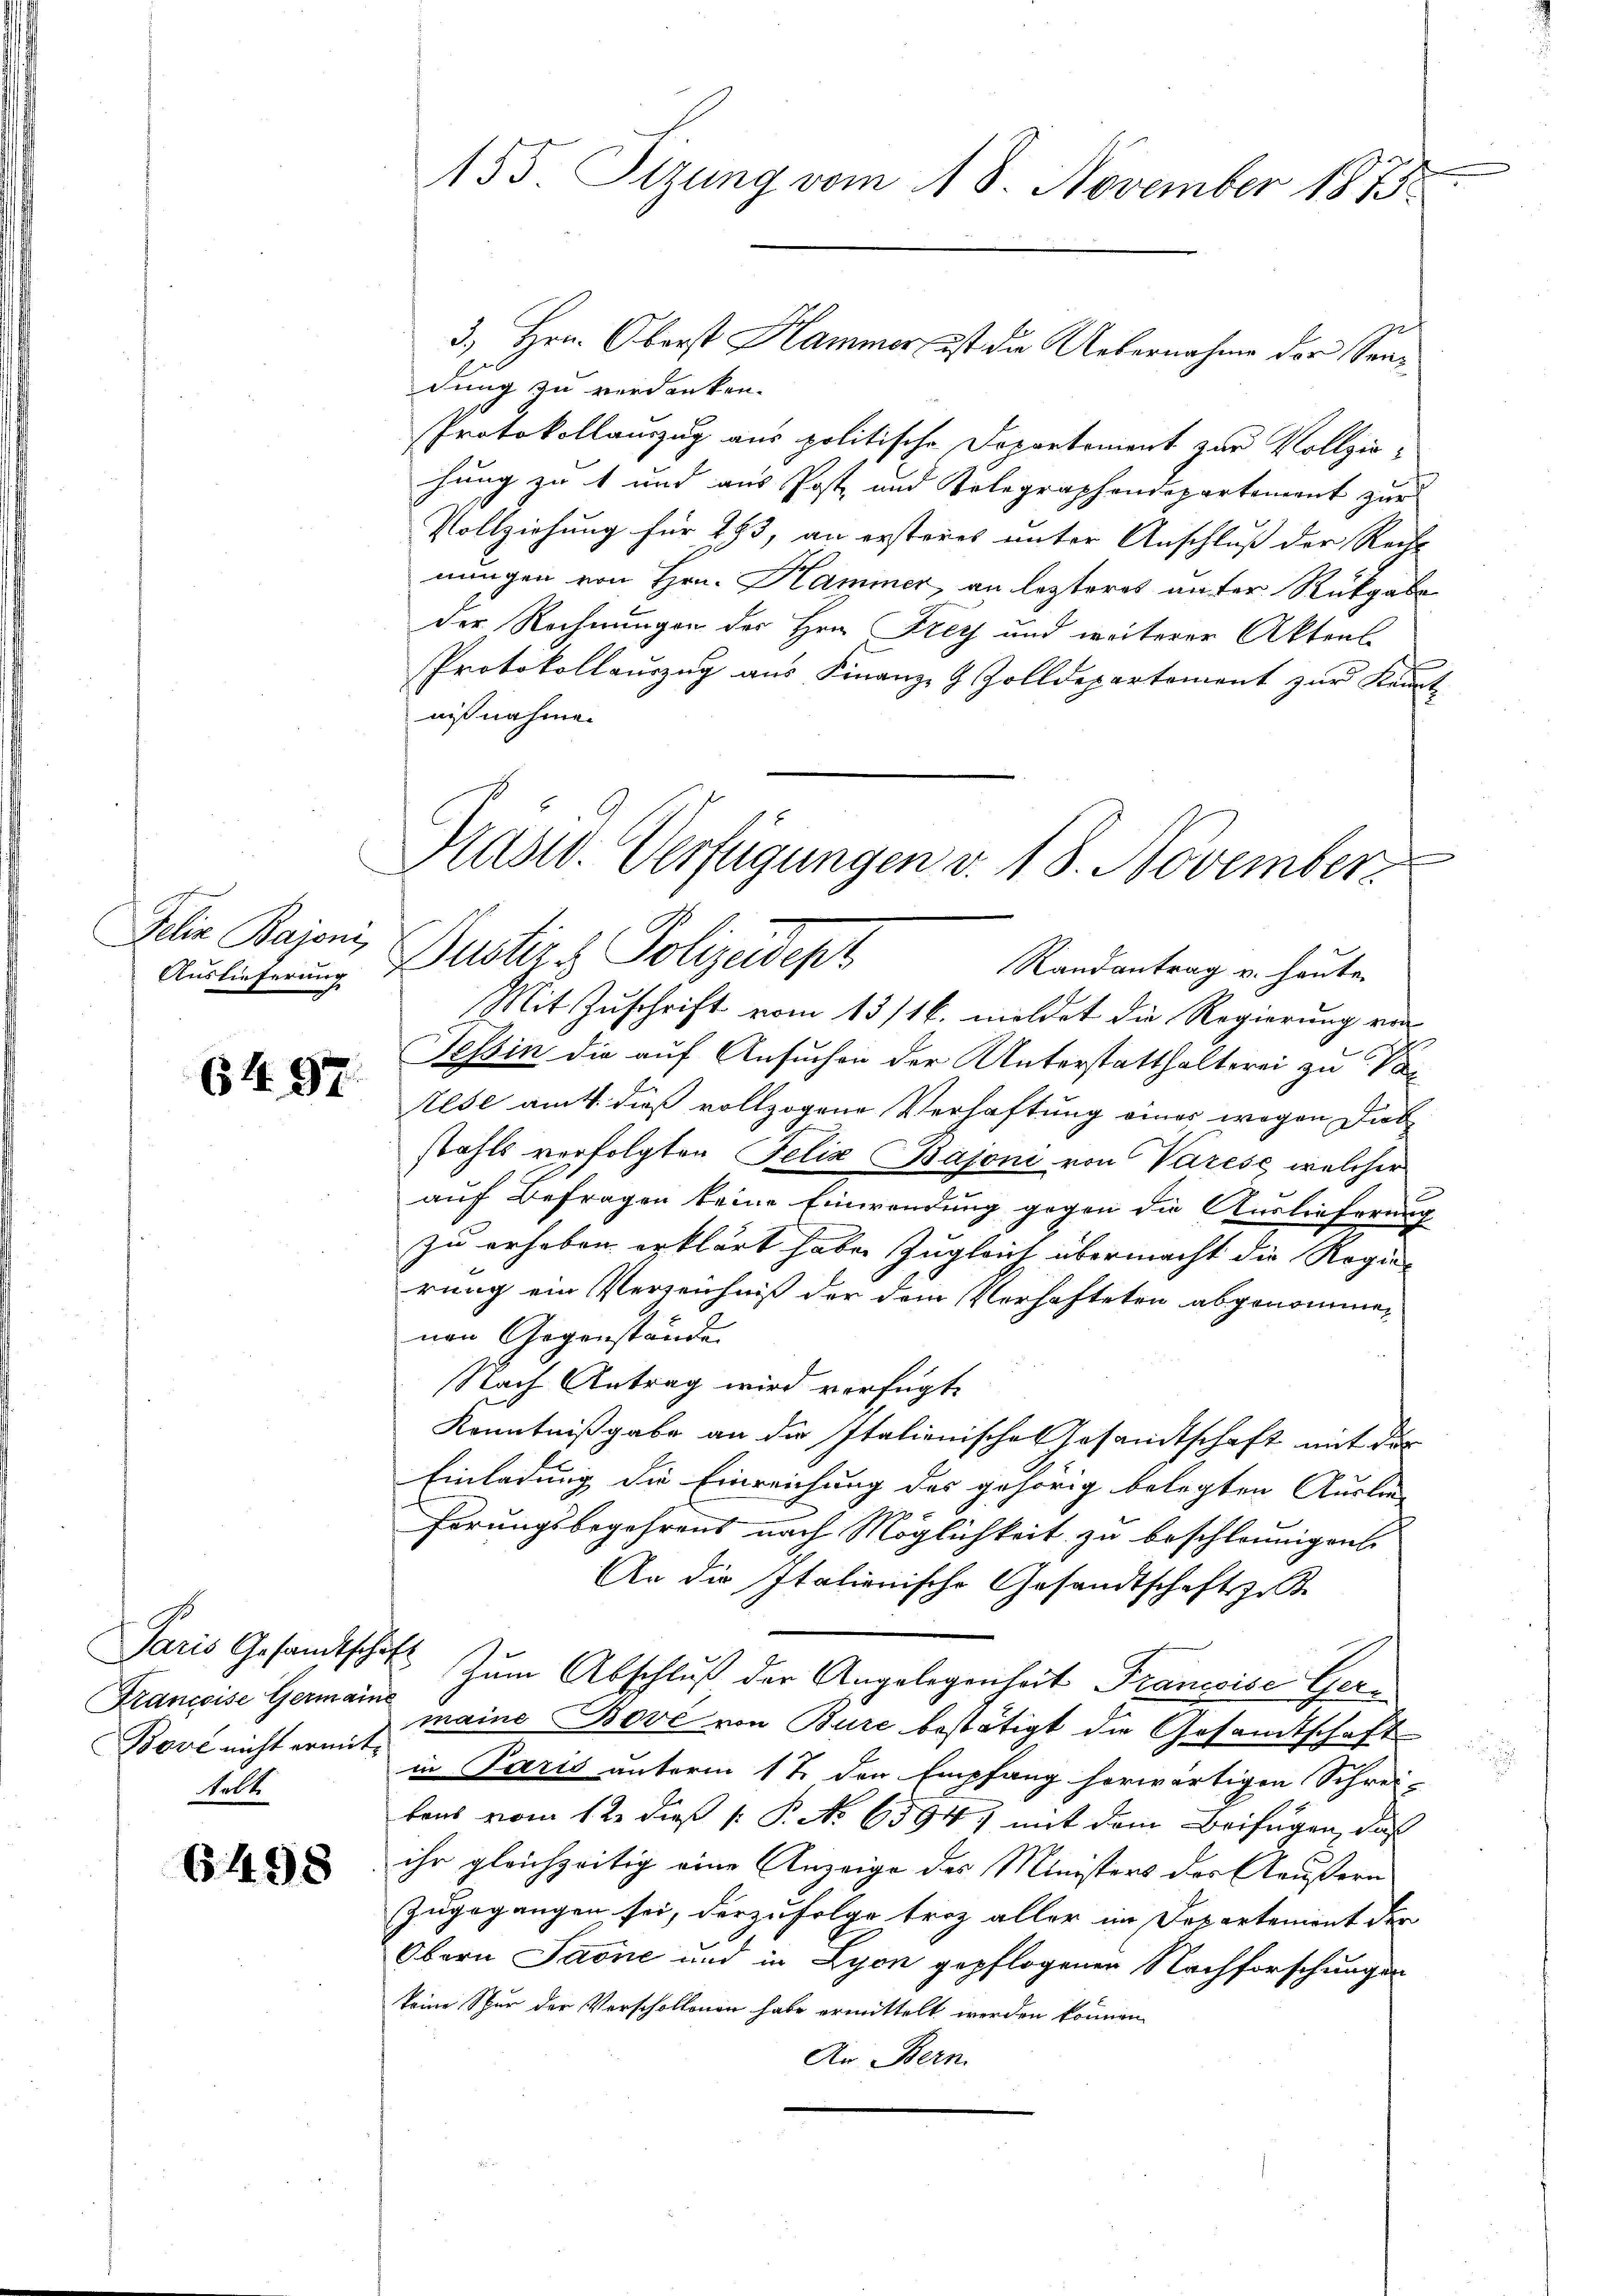
Jelia Bajoni,

64. 97.

talt.

6498

dung zu verdanken.
Protokollauszug aus politische Departement zur Vollziehung zu t und aus Post und Telegraphendepartement zur
Vollziehung für 193, an ersteres unter Anschluß der Recht
nungen von Hrn. Hammer, an lezteres unter Rückgabe
der Rechnungen der Hrn. Frey und weiterer Aktens
Protokollauszug aus Finanz- & Zolldepartement zur Kennt-
nißnahme.
Randantrag u. heute.
Mit Zuschrift vom 13/16. mildet die Regierung ver-
Tessin die auf Ansuchen der Unterstatthalterei zu Vor
Lese amt dieß vollzogene Verhaftung eines wegen Diebstahls verfolgten Felix Bajoni von Varese, welcher
auf Befragen keine Einwendung gegen die Auslieferung
zu erheben erklärt habe zugleich übermacht die Regie-
rung ein Verzeichniß der dem Verhafteten abgenommen
nen Gegenstände.
Nach Antrag wird verfügt:
Kenntnißgabe an die Italienisches Gesamtschaft mit der
Einladung die Einreichung des gehörig belegten Auslie-
Ferungsbegehrens nach Möglichkeit zu beschleunigen
An die Italienische Gesandtschaftsze
Paris Gesamtschaft zum Abschluß der Angelegenheit Françoise Ger¬
Francoise Germann maine Bové von Bure bestätigt die Gesandtschaft
Bove nicht ermit in Paris unterm 17. der Empfang herwärtigen Schrei-
bens vom 12. dieß P. No 6594, mit dem Beifügen, daß
ihr gleichzeitig eine Anzeige des Ministers der Aeußern
Zugegangen sei, derzufolge troz aller im Departement der
Obern Jaone und in Lyon gepflogenen Nachforschungen
keine Spur der Vorschollonen habe ermittelt werden können
An Bern.

e
155. Sizung vom 18. November 1875

3., Hrn. Oberst Hammer, ist die Uebernahme der Sen¬

Präsid. Verfügungen v. 18. November
Auslieferung Dustiz & Polizeidepr